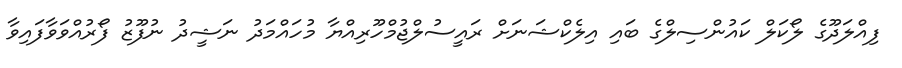
ފިއްލަދޫގެ ލޯކަލް ކައުންސިލްގެ ބައި އިލެކްޝަނަށް ރައީސުލްޖުމްހޫރިއްޔާ މުހައްމަދު ނަޝީދު ނުފޫޒު ފޯރުއްވަވާފައިވާ